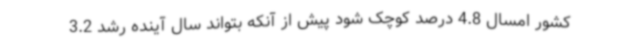
کشور امسال 4.8 درصد کوچک شود پیش از آنکه بتواند سال آینده رشد 3.2